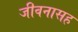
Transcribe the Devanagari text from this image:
जीवनासह